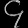
Digit: ၄